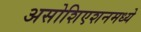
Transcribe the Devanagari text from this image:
असोशिएशनमध्ये